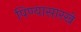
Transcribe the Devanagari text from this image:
पिण्यासारखे